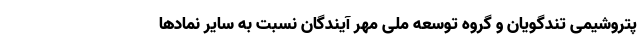
پتروشیمی تندگویان و گروه توسعه ملی مهر آیندگان نسبت به سایر نماد‌ها